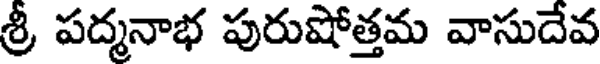
శ్రీ పద్మనాభ పురుషోత్తమ వాసుదేవ